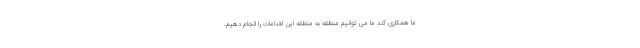
ما همکاری کند ما می توانیم منطقه به منطقه این اقدامات را انجام دهیم.